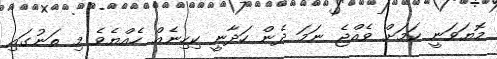
މޮޔަވަނީ ކަމަށް ވެއްޖެ ނަމަ ދެން ހަދާނީ ކިހިނެއް ހެއްޔެވެ މި ތަނުގައި